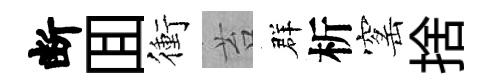
断囬衝苔群析窰捨